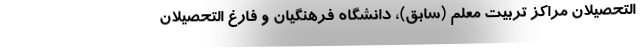
التحصیلان مراکز تربیت معلم (سابق)، دانشگاه فرهنگیان و فارغ التحصیلان